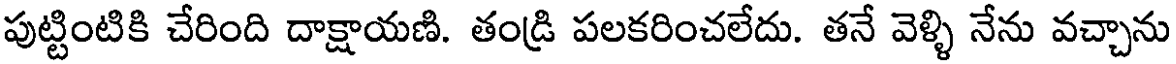
పుట్టింటికి చేరింది దాక్షాయణి. తండ్రి పలకరించలేదు. తనే వెళ్ళి నేను వచ్చాను